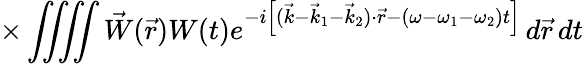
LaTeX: \times\iiiint\vec{W}(\vec{r})W(t)e^{-i\left[(\vec{k}-\vec{k}_{1}-\vec{k}_{2})\cdot\vec{r}-(\omega-\omega_{1}-\omega_{2})t\right]}\, d\vec{r}\, dt